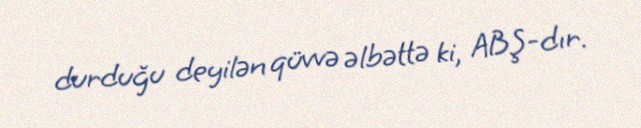
durduğu deyilən qüvvə əlbəttə ki, ABŞ-dır.